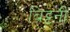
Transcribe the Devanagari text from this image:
ब्रिट्टनी